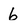
Character: 6